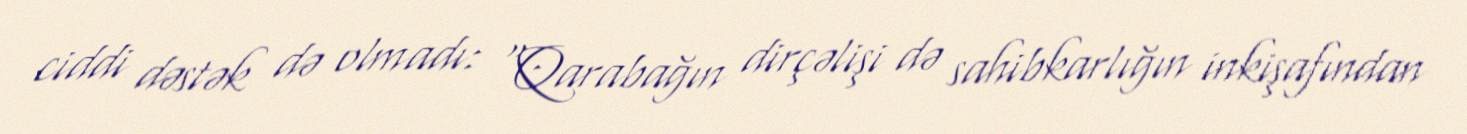
ciddi dəstək də olmadı: “Qarabağın dirçəlişi də sahibkarlığın inkişafından